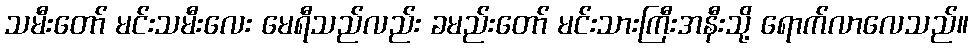
သမီးတော် မင်းသမီးလေး မေရီသည်လည်း ခမည်းတော် မင်းသားကြီးအနီးသို့ ရောက်လာလေသည်။